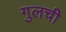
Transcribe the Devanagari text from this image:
गुलची